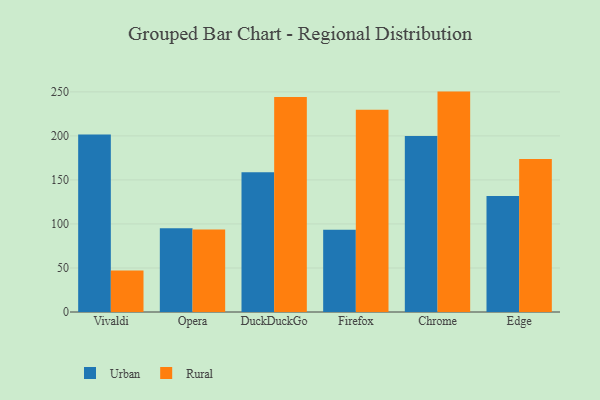
{"axis": {"x": "Browser", "y": "Budget (USD K)"}, "legend": ["Rural", "Urban"], "data": [{"x": "Vivaldi", "y": 201.6, "type": "Urban"}, {"x": "Vivaldi", "y": 47.1, "type": "Rural"}, {"x": "Opera", "y": 95.2, "type": "Urban"}, {"x": "Opera", "y": 93.6, "type": "Rural"}, {"x": "DuckDuckGo", "y": 158.7, "type": "Urban"}, {"x": "DuckDuckGo", "y": 244.3, "type": "Rural"}, {"x": "Firefox", "y": 93.4, "type": "Urban"}, {"x": "Firefox", "y": 229.6, "type": "Rural"}, {"x": "Chrome", "y": 199.8, "type": "Urban"}, {"x": "Chrome", "y": 250.3, "type": "Rural"}, {"x": "Edge", "y": 131.7, "type": "Urban"}, {"x": "Edge", "y": 173.7, "type": "Rural"}]}